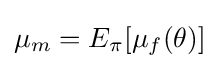
\mu _{m}=E_{\pi }[\mu _{f}(\theta )]\,\!